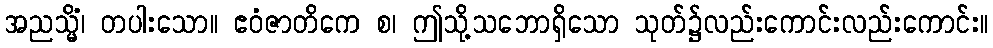
အညသ္မိံ၊ တပါးသော။ ဧဝံဇာတိကေ စ၊ ဤသို့သဘောရှိသော သုတ်၌လည်းကောင်းလည်းကောင်း။